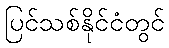
ပြင်သစ်နိုင်ငံတွင်